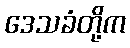
ဒေသခံတို့က